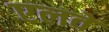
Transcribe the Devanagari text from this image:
एलवे